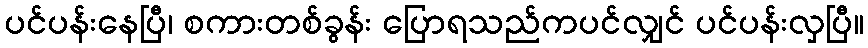
ပင်ပန်းနေပြီ၊ စကားတစ်ခွန်း ပြောရသည်ကပင်လျှင် ပင်ပန်းလှပြီ။